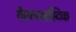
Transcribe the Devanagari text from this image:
शैलप्लास्टिक